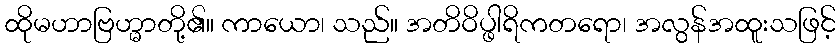
ထိုမဟာဗြဟ္မာတို့၏။ ကာယော၊ သည်။ အတိဝိပ္ဖါရိကတရော၊ အလွန်အထူးသဖြင့်